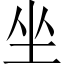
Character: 坐